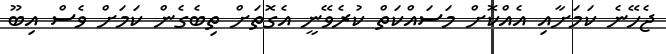
ޖެހޭނެ ކަމަށާއި އެއްކޮށް މަސައްކަތް ކުރެވޭނީ އެގޮތަށް ތިބެގެން ކަމަށް ވެސް އިބޫ